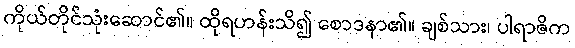
ကိုယ်တိုင်သုံးဆောင်၏။ ထိုရဟန်းသိ၍ စောဒနာ၏။ ချစ်သား၊ ပါရာဇိက